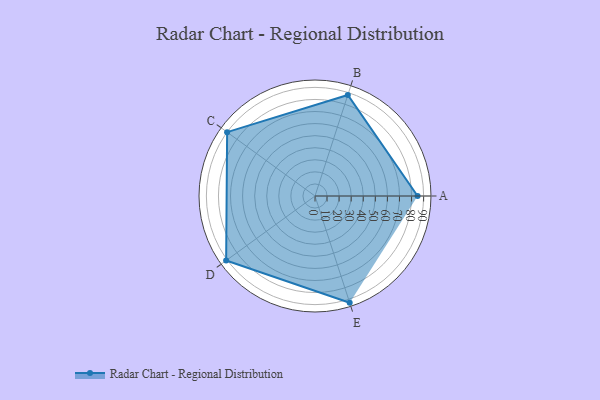
{"axis": {"x": "Skill", "y": "Score"}, "legend": ["Profile"], "data": [{"x": "A", "y": 85.0, "type": "Profile"}, {"x": "B", "y": 88.0, "type": "Profile"}, {"x": "C", "y": 90.0, "type": "Profile"}, {"x": "D", "y": 91.0, "type": "Profile"}, {"x": "E", "y": 93.0, "type": "Profile"}]}